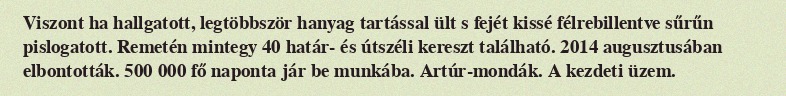
Viszont ha hallgatott, legtöbbször hanyag tartással ült s fejét kissé félrebillentve sűrűn pislogatott. Remetén mintegy 40 határ- és útszéli kereszt található. 2014 augusztusában elbontották. 500 000 fő naponta jár be munkába. Artúr-mondák. A kezdeti üzem.